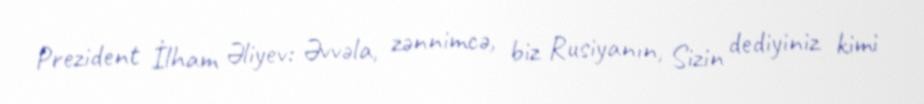
Prezident İlham Əliyev: Əvvəla, zənnimcə, biz Rusiyanın, Sizin dediyiniz kimi